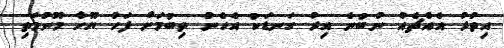
އިތުރު އެއްޗެއް ނުބުނެ އިރު ގަނޑަކު އެހެން ތިބުމަށް ފަހު ޔޫހާ މޫނުމަތި